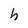
Character: h